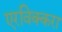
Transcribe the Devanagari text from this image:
एरविक्करा